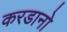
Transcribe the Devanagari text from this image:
करडानो